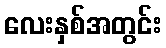
လေးနှစ်အတွင်း